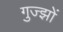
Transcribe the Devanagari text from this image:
गुज्झों